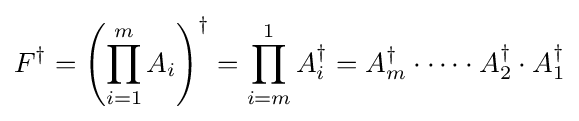
F^{\dagger }=\left(\prod _{i=1}^{m}A_{i}\right)^{\dagger }=\prod _{i=m}^{1}A_{i}^{\dagger }=A_{m}^{\dagger }\cdot \dots \cdot A_{2}^{\dagger }\cdot A_{1}^{\dagger }